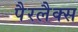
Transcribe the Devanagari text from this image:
पैरलैक्स